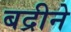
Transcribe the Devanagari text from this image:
बद्रीने